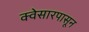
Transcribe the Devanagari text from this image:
क्वेसारपासून